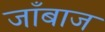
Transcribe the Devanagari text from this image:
जाँबाज